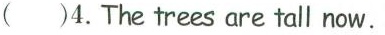
( )4.The trees are tall now.